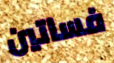
فساتين